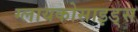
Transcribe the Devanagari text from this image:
ग्लायकोसाइड्‌स